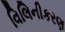
વિલિનીકરણ